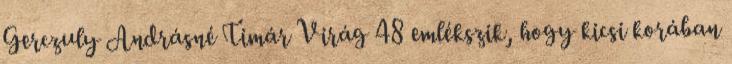
Gerczuly Andrásné Timár Virág 48 emlékszik, hogy kicsi korában